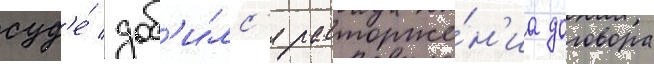
суд'е́ доб'и́лс'я расторже́н'иа договора